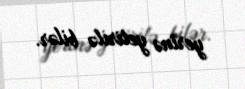
yerinə yetirilə bilər.